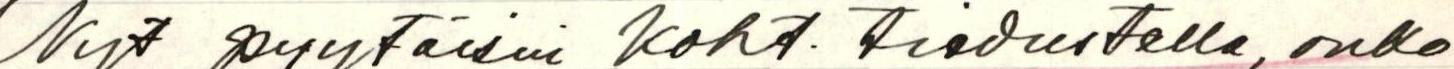
Nyt pyytäisin koht. tiedustella, onko